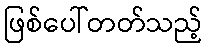
ဖြစ်ပေါ်တတ်သည့်